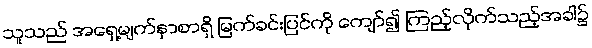
သူသည် အရှေ့မျက်နှာစာရှိ မြက်ခင်းပြင်ကို ကျော်၍ ကြည့်လိုက်သည့်အခါ၌